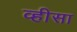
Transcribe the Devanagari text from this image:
व्हीसा